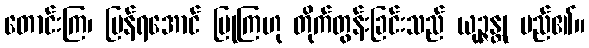
တောင်းကြ၊ ပြန်ရအောင် ပြုကြဟု တိုက်တွန်းခြင်းသည် ယုဉ္ဇန္တု မည်၏။